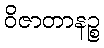
ဝိဇာတာနဉ္စ